King Institute of Preventive Medicine Micro-Biological Section reports 1912-19
Year: 1912
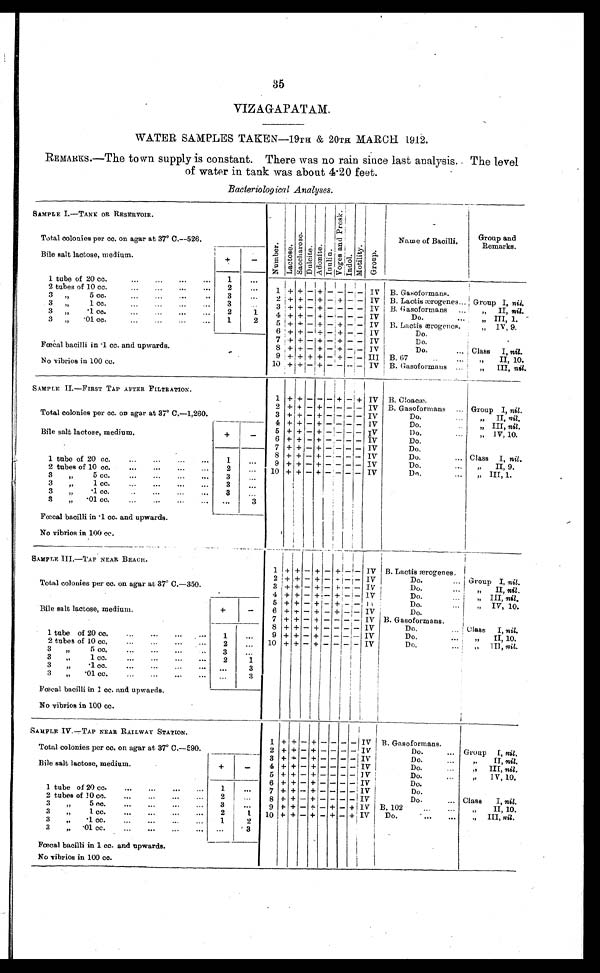
35
VIZAGAPATAM.
WATER SAMPLES TAKEN ― 19TH & 20TH MARCH 1912.
REMARKS.― The town supply is constant. There was no rain since last analysis. The level
of water in tank was about 4.20 feet.
Bacteriological Analyses .
SAMPLE I.― TANK OR RESERVOIR.
N u m b e r . Lact ose.
S a c c h a r o s e .
D u l c i t e . A d o n i t e . I nul i ne .
Vo g e s a n d Pr o s k .
I n d o l .
M o t i l i t y .
G r o u p .
Name of Bacilli.
G r o u p a n d R e m a r k s .
Total colonies per cc. on agar at 37° C. ― 526.
Bile salt lactose, medium.
+
-
1 tube of 20 cc. . . .
1
. . .
1 + +
- +
-
-
- - IV B. Gasoformans.
2 tubes of 10 cc. . . .
2
. . .
3 " 5 cc. . . .
3
. . .
2 + +
- + - +
- - IV B. Lactis ærogenes . . . Group I, nil.
3 " 1 cc. . . .
3
. . .
3 + +
- + - -
- - IV B. Gasoformans . . .
" II, nil.
3 " .1 cc. . . .
2
1
4 + + - + - -
- - IV
Do. . . .
" III, 1.
3 " .01 cc. . . .
1
2
5 + + - +- + - - IV B. Lactis ærogenes.
" IV, 9.
Fœcal bacilli in .1 cc. and upwards.
6 + +
- + - +
- - IV
Do.
7 + + - + - + - -
I V
Do.
8 + + - + - +
- - IV
Do. . . . Class I, nil.
No vibrios in 100 cc.
9 + +
+ + - +
- - III B. 67 . . .
" II, 10.
10 + +
- + - -
-
- IV B. Gasoformans . . .
" III, nil.
SAMPLE II.― FIRST TAP AFTER FILTRATION.
1
+
+
- -
-
+
-
+ IV B. Cloacæ.
Total colonies per cc. on agar at 37° C.― 1,260.
2 + +
- + - -
- - IV B. Gasoformans . . . Group I, nil .
3 + +
- + - -
- - IV
D o . . . .
" II, nil.
4 + + - + - -
- - IV
D o . . . .
" III, nil.
Bile salt lactose, medium.
+
-
5 + +
- + - -
- - IV
D o . . . .
" IV, 10.
6
+ +
- + - -
- - IV
Do.
7 + +
- + - -
- - IV
Do.
1 tube of 20 cc. . . .
1
. . .
8
+ +
- + - -
- - IV
Do. . . . Class I, nil .
9
+ +
- + - -
- - IV
Do. . . .
" II, 9.
2 tubes of 10 cc. . . .
2
. . .
10
+ +
- + - -
- - IV
Do. . . .
" III, 1.
3 " 5 c c . . . .
3
. . .
3 " 1 cc. . . .
3
. . .
3 " .1 cc. . . .
3
. . .
3 " .01 cc. . . .
. . .
3
Fœcal bacilli in .1 cc. and upwards.
No vibrios in 100 cc.
S A M P L E I I I . ― T A P N E A R B E A C H .
1
+ +
- + - + - -
IV B. Lactis ærogenes.
Total colonies per cc. on agar at 37° C.― 350.
2
+ +
- + - + - - IV
Do. . . . Group I, nil .
3
+ +
- + - + - - IV
D o . . . .
" I I ,
n i l .
Bile salt lactose, medium.
+
-
4
+ +
- + - + - - 1V
D o . . . .
" III, nil.
5 + +
- + - + - -
I V
Do. . . .
" IV, 10.
6 + +
- +
- + - - IV
Do.
7 + + - + -
- - - IV B. Gasoformans.
8 + +
- + - - - - IV
Do. . . . Class I, nil.
1 tube of 20 cc. . . .
1
. . .
9
+ +
- + - - - - IV
Do. . . .
" II, 10.
2 tubes of 10 cc. . . .
2
. . . 10 + +
- +
- - - - IV
Do. . . .
" III, nil.
3 " 5 cc. . . .
3
. . .
3 " 1 cc. . . .
2
1
3 " .1cc. . . .
. . .
3
3 " .01 cc. . . .
. . .
3
Fœcal bacilli in 1 cc. and upwards.
No vibrios in 100 cc.
SAMPLE IV.― TAP NEAR RAILWAY STATION.
1 +
+
- +
-
-
-
- IV B. Gasoformans.
Total colonies per cc. on agar at 37° C.―590.
2 + +
- + - -
- - IV
Do. . . .
Group I, nil.
3 + +
- + - -
- - IV
Do. . . .
" II,
nil.
Bile salt lactose, medium.
+
-
4 + +
- + - -
- - IV
Do. . . .
" III, nil.
5 + +
- + - -
- - IV
Do. . . .
" IV, 10.
1 tube of 20 cc . . . .
1
. . .
6 + +
- + - -
- - IV
Do.
7 + + - + - -
-
- IV
Do.
2 tubes of 10 cc. . . .
2
. . .
8 + +
- + - -
- - IV
Do.
Class I, nil.
3 " 5 cc. . . .
3
. . .
9
+ +
- + - +
- + IV B. 102. . .
" II, 10.
3 " 1 cc. . . .
2
1
10 + +
- + - + - + IV
D o . . . .
" I I I ,
n i l
3 " .1 cc. . . .
1
2
3 " .01 cc. . . .
. . .
3
F œ c a l b a c i l l i i n 1 c c . a n d u p w a r d s .
No vibrios in 100 cc.